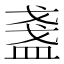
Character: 盞